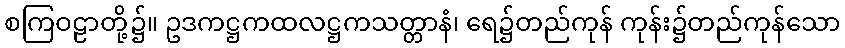
စကြဝဠာတို့၌။ ဥဒကဋ္ဌကထလဋ္ဌကသတ္တာနံ၊ ရေ၌တည်ကုန် ကုန်း၌တည်ကုန်သော